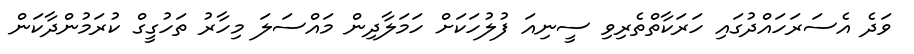
ވަދެ އެސަރަހައްދުގައި ހަރަކާތްތެރިވި ސީނިއަ ފުލުހަކަށް ހަމަލާދިން މައްސަލަ މިހާރު ތަހުގީގް ކުރަމުންދާކަން